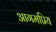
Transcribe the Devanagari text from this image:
आगमप्रिय